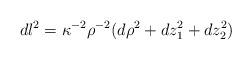
LaTeX: \begin{align*}dl^2=\kappa^{-2}\rho^{-2}(d\rho^2+dz_1^2+dz_2^2)~~~\end{align*}